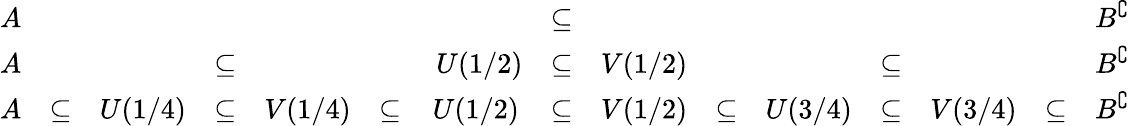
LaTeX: {\begin{array}{ccccccccccccccc}{A}&&&&&&&{\subseteq}&&&&&&&{B^{\complement}}\\ {A}&&&{\subseteq}&&&{\ U(1/2)}&{\subseteq}&{V(1/2)}&&&{\subseteq}&&&{B^{\complement}}\\ {A}&{\subseteq}&{U(1/4)}&{\subseteq}&{V(1/4)}&{\subseteq}&{U(1/2)}&{\subseteq}&{V(1/2)}&{\subseteq}&{U(3/4)}&{\subseteq}&{V(3/4)}&{\subseteq}&{B^{\complement}}\end{array}}